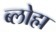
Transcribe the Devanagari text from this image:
ब्लोह्म